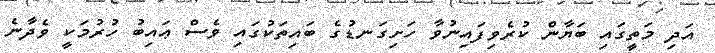
އަދި މަތީގައި ބަޔާން ކުރެވިފައިނުވާ ހަށިގަނޑުގެ ބައިތަކުގައި ވެސް ޢައިބު ހުރުމަކީ ވެދާނެ